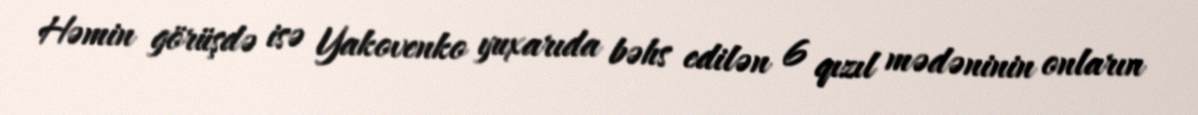
Həmin görüşdə isə Yakovenko yuxarıda bəhs edilən 6 qızıl mədəninin onların